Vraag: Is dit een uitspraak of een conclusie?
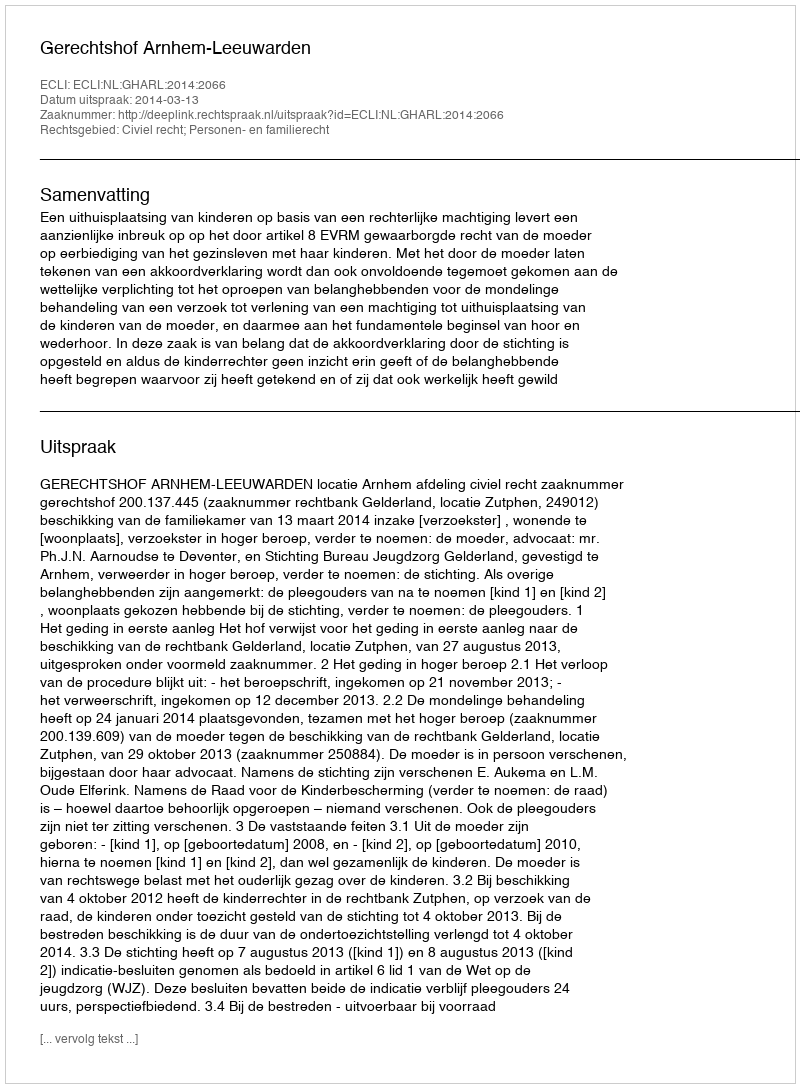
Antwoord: Uitspraak